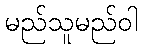
မည်သူမည်ဝါ